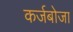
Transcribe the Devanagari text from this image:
कर्जबोजा